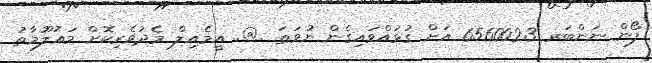
ފޯން ނަންބަރ 6560023 އަށް ގުޅުއްވައިގެން ނުވަތަ .@.. އީމެއިލް މެދުވެރިކޮށް މަޢުލޫމާތު